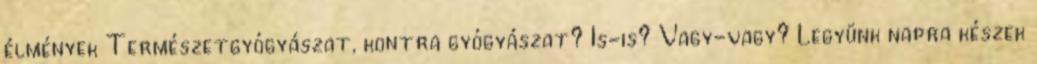
élmények Természetgyógyászat, kontra gyógyászat? Is-is? Vagy-vagy? Legyünk napra készek